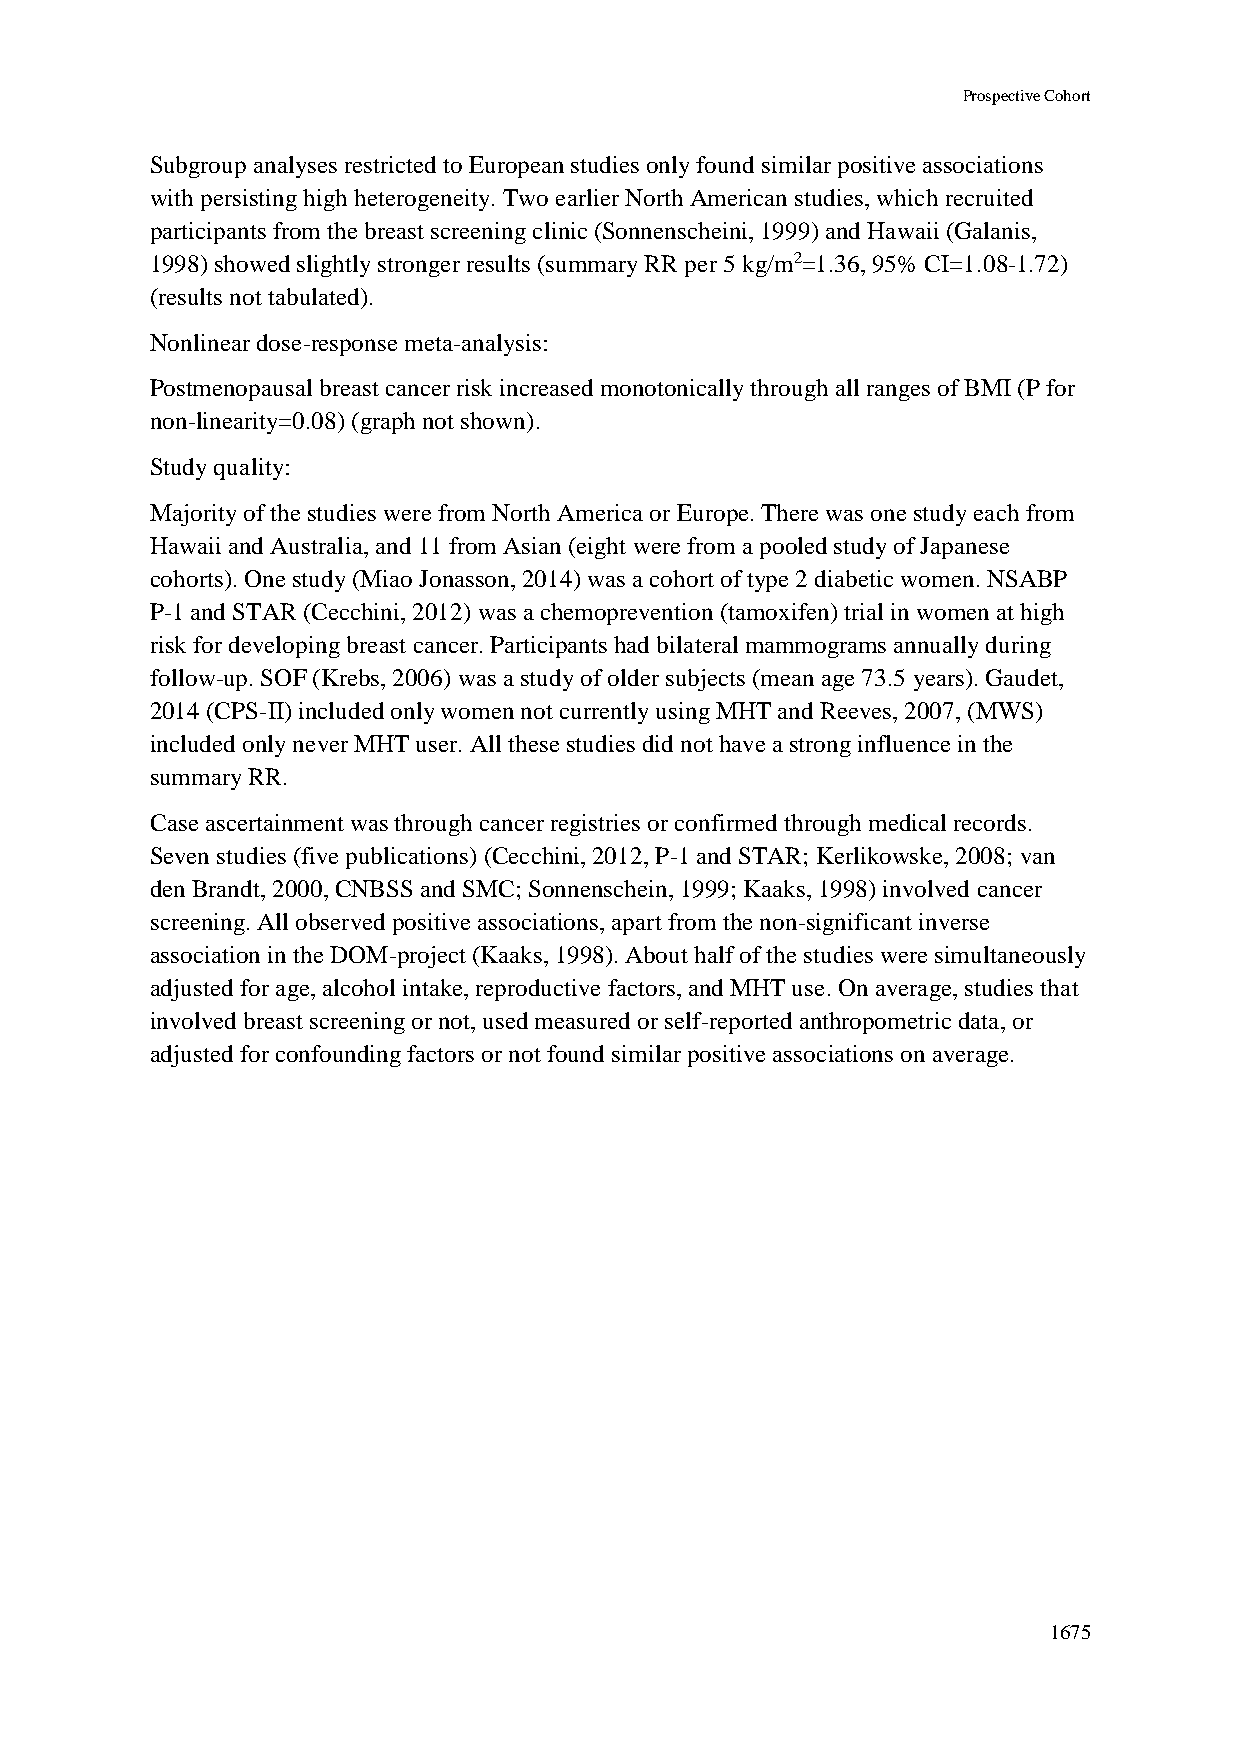
Prospective Cohort
 Subgroup analyses restricted to European studies only found similar positive associations
 with persisting high heterogeneity. Two earlier North American studies, which recruited
 participants from the breast screening clinic (Sonnenscheini, 1999) and Hawaii (Galanis,
 1998) showed slightly stronger results (summary RR per 5 kg/m2=1.36, 95% CI=1.08-1.72)
 (results not tabulated).
 Nonlinear dose-response meta-analysis:
 Postmenopausal breast cancer risk increased monotonically through all ranges of BMI (P for
 non-linearity=0.08) (graph not shown).
 Study quality:
 Majority of the studies were from North America or Europe. There was one study each from
 Hawaii and Australia, and 11 from Asian (eight were from a pooled study of Japanese
 cohorts). One study (Miao Jonasson, 2014) was a cohort of type 2 diabetic women. NSABP
 P-1 and STAR (Cecchini, 2012) was a chemoprevention (tamoxifen) trial in women at high
 risk for developing breast cancer. Participants had bilateral mammograms annually during
 follow-up. SOF (Krebs, 2006) was a study of older subjects (mean age 73.5 years). Gaudet,
 2014 (CPS-II) included only women not currently using MHT and Reeves, 2007, (MWS)
 included only never MHT user. All these studies did not have a strong influence in the
 summary RR.
 Case ascertainment was through cancer registries or confirmed through medical records.
 Seven studies (five publications) (Cecchini, 2012, P-1 and STAR; Kerlikowske, 2008; van
 den Brandt, 2000, CNBSS and SMC; Sonnenschein, 1999; Kaaks, 1998) involved cancer
 screening. All observed positive associations, apart from the non-significant inverse
 association in the DOM-project (Kaaks, 1998). About half of the studies were simultaneously
 adjusted for age, alcohol intake, reproductive factors, and MHT use. On average, studies that
 involved breast screening or not, used measured or self-reported anthropometric data, or
 adjusted for confounding factors or not found similar positive associations on average.
 1675